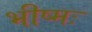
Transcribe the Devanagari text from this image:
भीष्मः